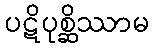
ပဋိပုစ္ဆိဿာမ